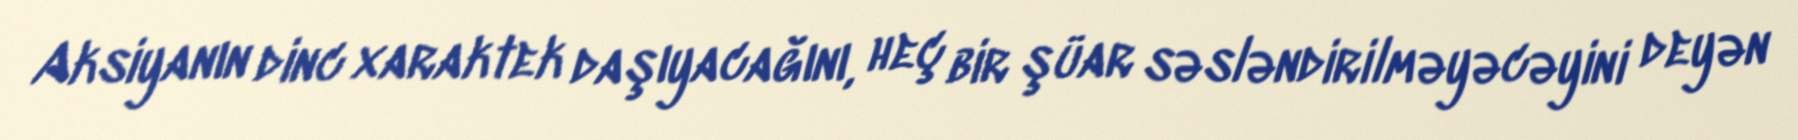
Aksiyanın dinc xaraktek daşıyacağını, heç bir şüar səsləndirilməyəcəyini deyən